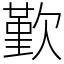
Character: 歏